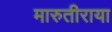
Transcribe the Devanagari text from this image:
मारुतीराया